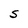
Character: S